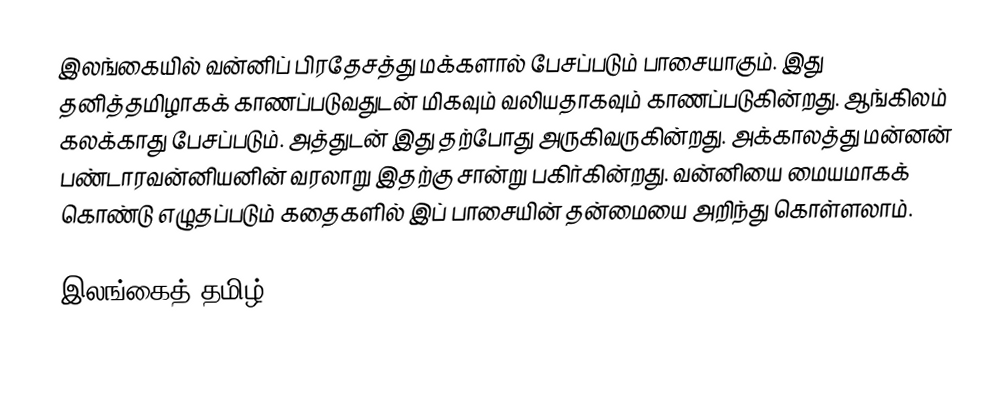
இலங்கையில் வன்னிப் பிரதேசத்து மக்களால் பேசப்படும் பாசையாகும். இது தனித்தமிழாகக் காணப்படுவதுடன் மிகவும் வலியதாகவும் காணப்படுகின்றது. ஆங்கிலம் கலக்காது பேசப்படும். அத்துடன் இது தற்போது அருகிவருகின்றது. அக்காலத்து மன்னன் பண்டாரவன்னியனின் வரலாறு இதற்கு சான்று பகிர்கின்றது. வன்னியை மையமாகக் கொண்டு எழுதப்படும் கதைகளில் இப் பாசையின் தன்மையை அறிந்து கொள்ளலாம்.

இலங்கைத் தமிழ்